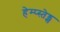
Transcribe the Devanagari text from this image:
हेम्प्स्तेड्स